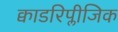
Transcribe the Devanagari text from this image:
क्वाडरिप्लीजिक